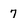
Character: 7